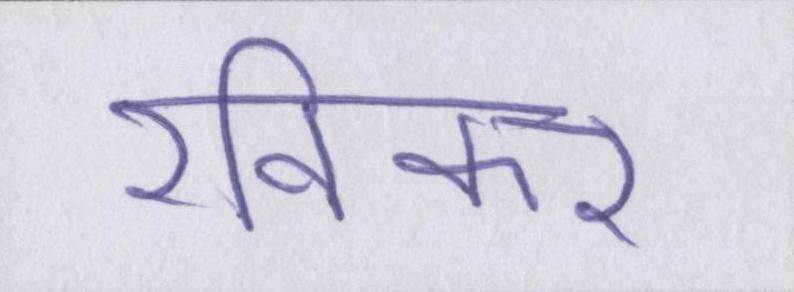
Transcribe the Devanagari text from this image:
रविकर